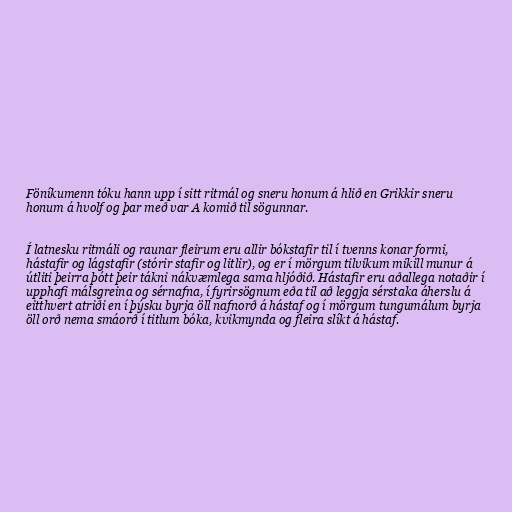
Föníkumenn tóku hann upp í sitt ritmál og sneru honum á hlið en Grikkir sneru
honum á hvolf og þar með var A komið til sögunnar.

Í latnesku ritmáli og raunar fleirum eru allir bókstafir til í tvenns konar formi,
hástafir og lágstafir (stórir stafir og litlir), og er í mörgum tilvikum mikill munur á
útliti þeirra þótt þeir tákni nákvæmlega sama hljóðið. Hástafir eru aðallega notaðir í
upphafi málsgreina og sérnafna, í fyrirsögnum eða til að leggja sérstaka áherslu á
eitthvert atriði en í þýsku byrja öll nafnorð á hástaf og í mörgum tungumálum byrja
öll orð nema smáorð í titlum bóka, kvikmynda og fleira slíkt á hástaf.